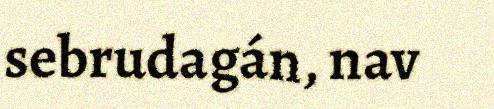
sebrudagán, nav